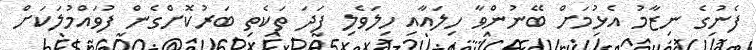
ފެނުގެ ނިޒާމު އެޅުމަށް ބޭނުންވާ ހިލައާއި ހިލަވެލި ފަދަ ތަކެތި ބަރުކޮށްގެން ފުވައްމުލަކަށް